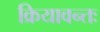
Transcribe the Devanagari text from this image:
क्रियावन्तः